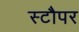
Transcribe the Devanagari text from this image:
स्टौपर